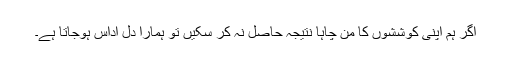
اگر ہم اپنی کوششوں کا من چاہا نتیجہ حاصل نہ کر سکیں تو ہمارا دل اداس ہوجاتا ہے۔